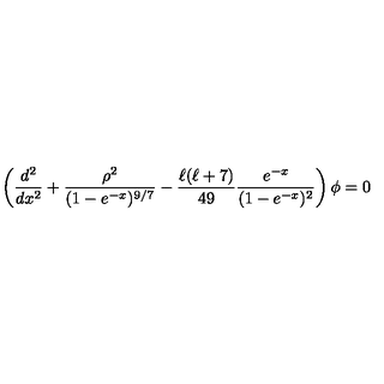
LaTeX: \left( { \frac { d ^ { 2 } } { d x ^ { 2 } } } + { \frac { \rho ^ { 2 } } { ( 1 - e ^ { - x } ) ^ { 9 / 7 } } } - { \frac { \ell ( \ell + 7 ) } { 4 9 } } { \frac { e ^ { - x } } { ( 1 - e ^ { - x } ) ^ { 2 } } } \right) \phi = 0